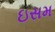
ઇસમ